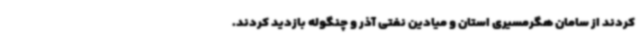
کردند از سامان هگرمسیری استان و میادین نفتی آذر و چنگوله بازدید کردند.